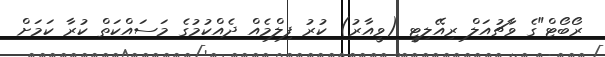
ރޯބޯޓް"ގެ ވާޗުއަލް ރިއޭލިޓީ (ވީއާރު) ކުރު ފިލްމެއް ދެއްކުމުގެ މަސައްކަތް ކުރާ ކަމަށް